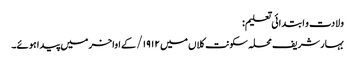
ولادت و ابتدائی تعلیم:
بہار شریف محلہ سکونت کلاں میں ۱۹۱۲/ کے اواخر میں پیدا ہوئے۔